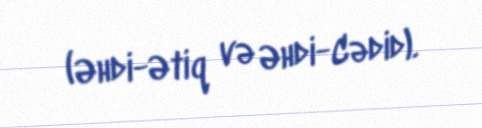
(Əhdi-Ətiq və Əhdi-Cədid).